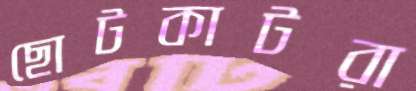
ছোটকাটরা